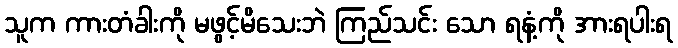
သူက ကားတံခါးကို မဖွင့်မိသေးဘဲ ကြည်သင်း သော ရနံ့ကို အားရပါးရ